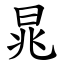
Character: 晁